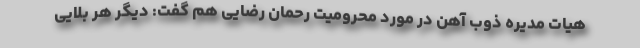
هیات مدیره ذوب آهن در مورد محرومیت رحمان رضایی هم گفت: دیگر هر بلایی